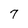
Character: 7